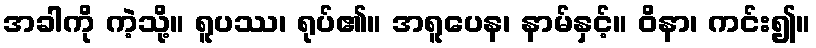
အခါကို ကဲ့သို့။ ရူပဿ၊ ရုပ်၏။ အရူပေန၊ နာမ်နှင့်။ ဝိနာ၊ ကင်း၍။